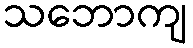
သဘောကျ